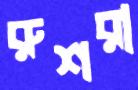
রুশরা